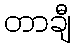
တာချီ